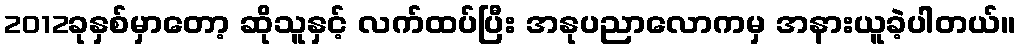
2012ခုနှစ်မှာတော့ ဆိုသူနှင့် လက်ထပ်ပြီး အနုပညာလောကမှ အနားယူခဲ့ပါတယ်။